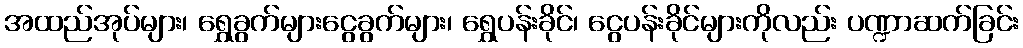
အထည်အုပ်များ၊ ရွှေခွက်များငွေခွက်များ၊ ရွှေပန်းခိုင်၊ ငွေပန်းခိုင်များကိုလည်း ပဏ္ဍာဆက်ခြင်း